Vaccination in Bombay 1924-1928 - 1924-1928
Year: 1924
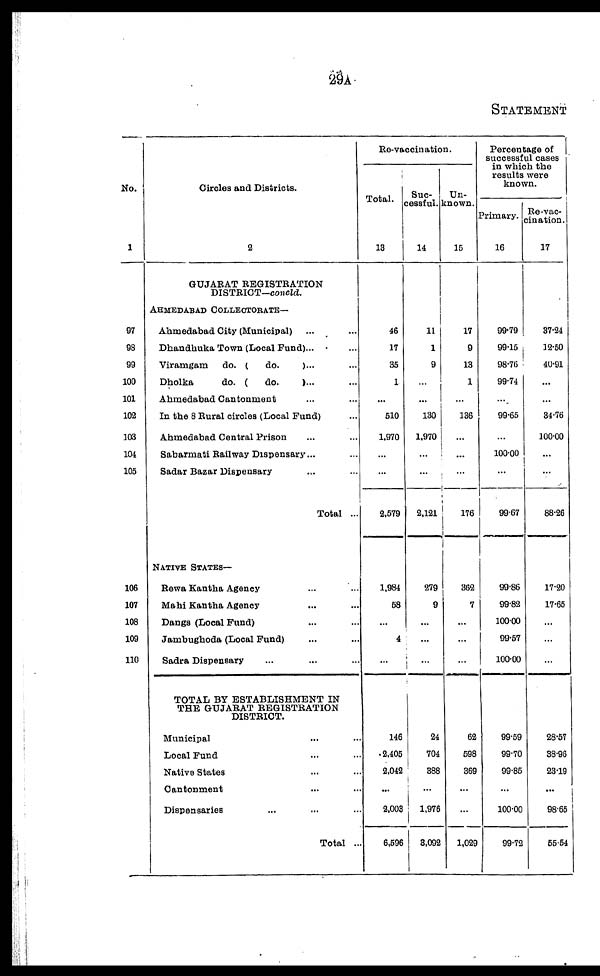
29A
STATEMENT
No.
1
97
98
99
100
101
102
103
104
105
106
107
108
109
110
Circles and Districts.
2
GUJARAT REGISTRATION
DISTRICT—concld.
AHMEDABAD COLLECTORATE—
Ahmedabad City (Municipal) ... ...
Dhandhuka Town (Local Fund)... ...
Viramgam
do. (
do.
)... ...
Dholka
do. (
do.
)... ...
Ahmedabad Cantonment ... ...
In the 8 Rural circles (Local Fund) ...
Ahmedabad Central Prison ... ...
Sabarmati Railway Dispensary... ...
Sadar Bazar Dispensary ... ...
Total ...
NATIVE STATES—
Rewa Kantha Agency ... ...
Mahi Kantha Agency ... ...
Dangs (Local Fund) ... ...
Jambughoda (Local Fund) ... ...
Sadra Dispensary ... ...
TOTAL BY ESTABLISHMENT IN
THE GUJARAT REGISTRATION
DISTRICT.
Municipal ... ...
Local Fund ... ...
Native States ... ...
Cantonment ... ...
Dispensaries ... ... ...
Total ...
Re-vaccination.
Total.
13
46
17
35
1
...
510
1,970
...
...
2,579
1,984
58
...
4
...
146
2,405
2,042
...
2,003
6,596
Suc-
cessful.
14
11
1
9
...
...
130
1,970
...
...
2,121
279
9
...
...
...
24
704
388
...
1,976
3,092
Un-
known.
15
17
9
13
1
...
136
...
...
...
176
362
7
...
...
...
62
598
369
...
...
1,029
Percentage of
successful cases
in which the
results were
known.
Primary.
16
99.79
99.15
98.76
99.74
...
99.65
...
100.00
...
99.67
99.86
99.82
100.00
99.57
100.00
99.59
99.70
99.85
...
100.00
99.72
Re-vac-
cination.
17
37.24
12.50
40.91
...
...
84.76
100.00
...
...
88.26
17.20
17.65
...
...
...
28.57
38.96
23.19
...
98.65
55.54